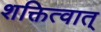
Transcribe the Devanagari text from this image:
शक्तित्वात्